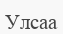
Улсаа